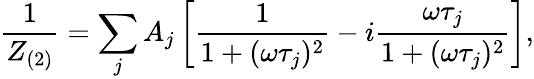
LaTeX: \frac{1}{Z_{(2)}}=\sum_{j}A_{j}\left[\frac{1}{1+(\omega\tau_{j})^{2}}-i\frac{\omega\tau_{j}}{1+(\omega\tau_{j})^{2}}\right],